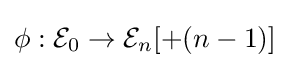
\phi :{\mathcal {E}}_{0}\to {\mathcal {E}}_{n}[+(n-1)]